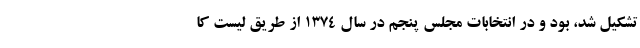
تشکیل شد، بود و در انتخابات مجلس پنجم در سال ۱۳۷۴ از طریق لیست کا